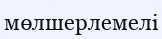
мөлшерлемелі